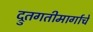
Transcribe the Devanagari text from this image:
द्रुतगतीमार्गाचे